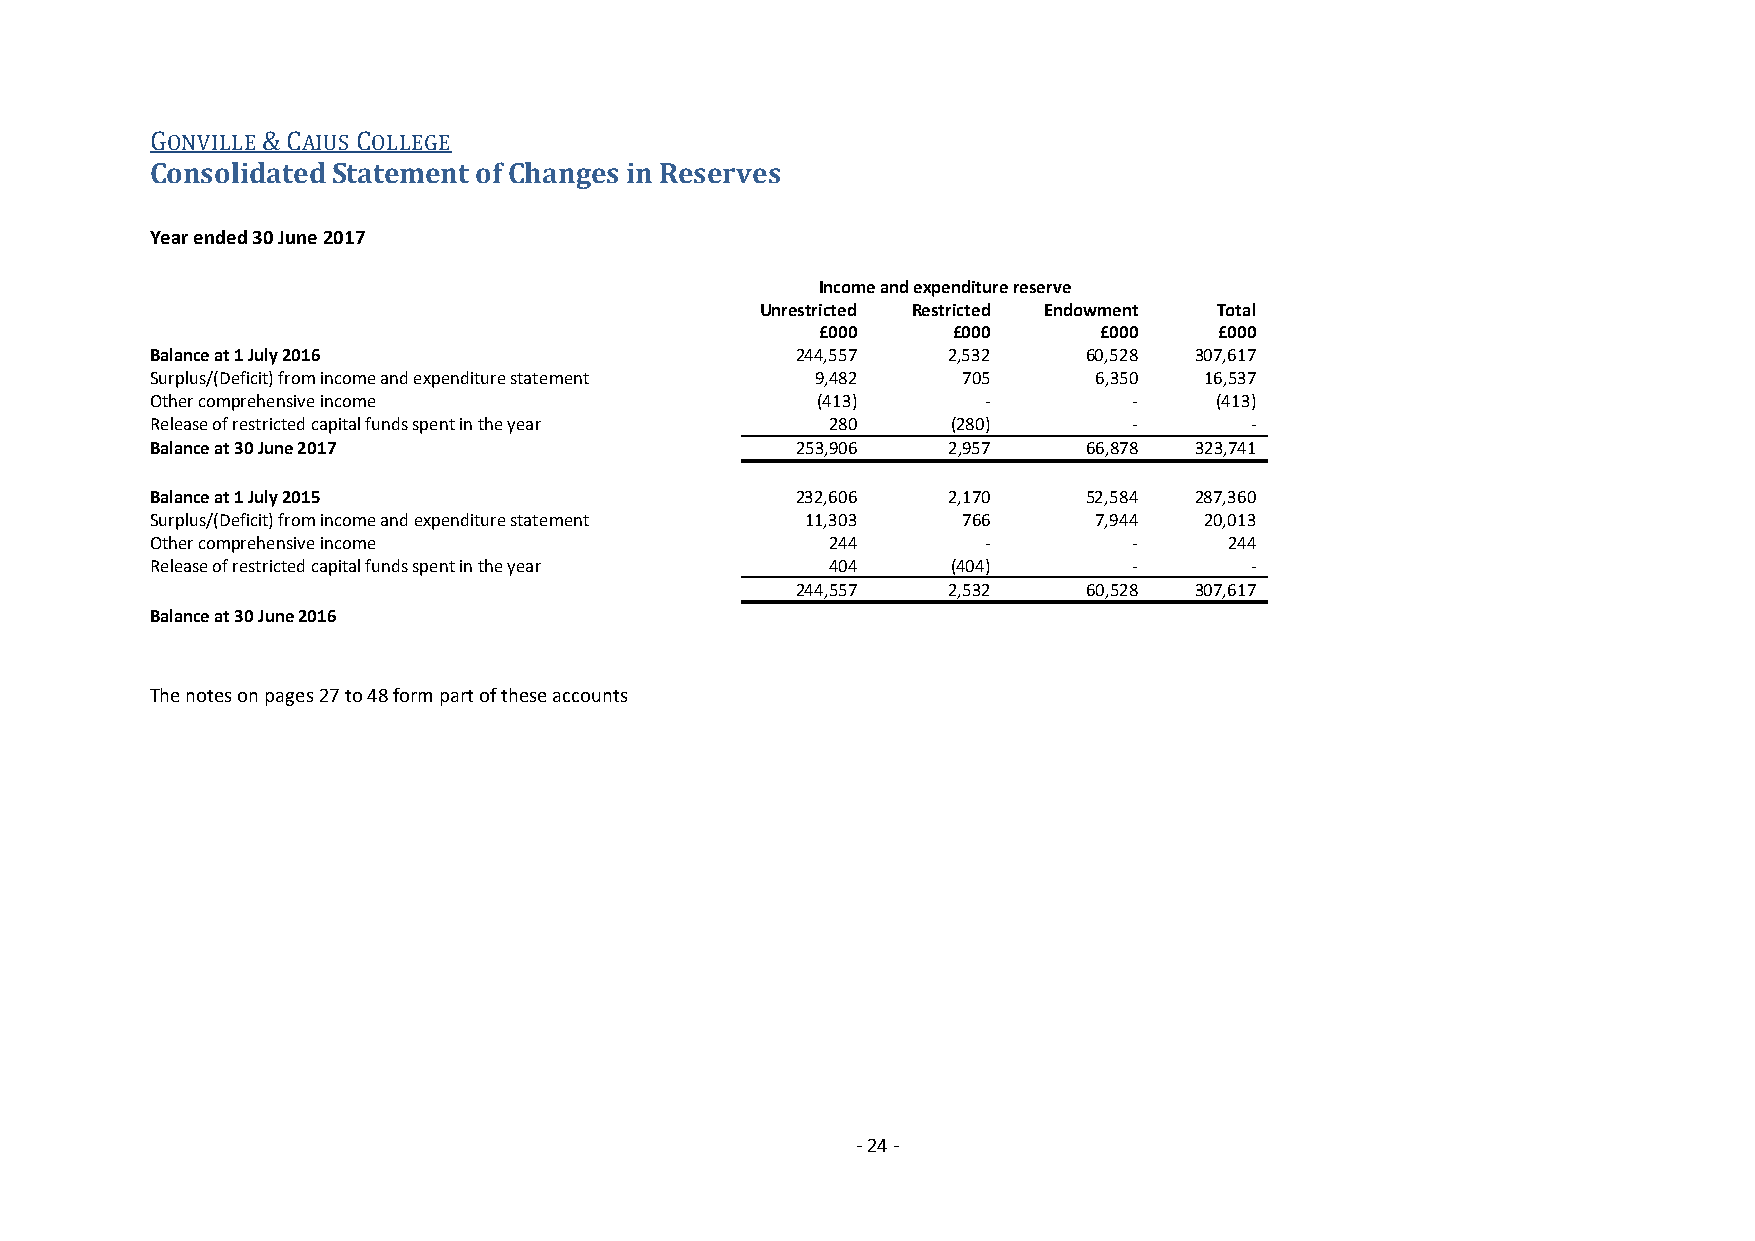
Consolidated Statement of Changes in Reserves
 ONVILLE  AIUS OLLEGE
 G      &C     C
 Year ended 30 June 2017
 Income and expenditure reserve
 Unrestricted Restricted Endowment Total
 £000     £000      £000    £000
 Balance at 1 July 2016                     244,557   2,532    60,528 307,617
 Surplus/(Deficit) from income and expenditure statement 9,482 705 6,350 16,537
 Other comprehensive income                  (413)      -         -    (413)
 Release of restricted capital funds spent in the year 280 (280)  -       -
 Balance at 30 June 2017                    253,906   2,957    66,878 323,741
 Balance at 1 July 2015                     232,606   2,170    52,584 287,360
 Surplus/(Deficit) from income and expenditure statement 11,303 766 7,944 20,013
 Other comprehensive income                   244       -         -     244
 Release of restricted capital funds spent in the year 404 (404)  -       -
 244,557   2,532    60,528 307,617
 Balance at 30 June 2016
 The notes on pages 27 to 48 form part of these accounts
 - 24 -